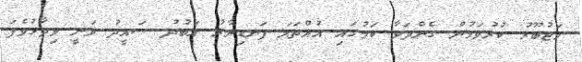
މަޖުބޫރު ކުރުވަމުން ގެންދަވާ ކަމުގައި އުއްތަމަ ފަނޑިޔާރު އަބުދު ސައީދު ވަނީ ވިދާޅުވެފަ